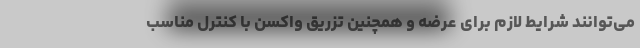
می‌توانند شرایط لازم برای عرضه و همچنین تزریق واکسن با کنترل مناسب